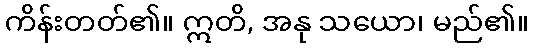
ကိန်းတတ်၏။ ဣတိ, အနု သယော၊ မည်၏။